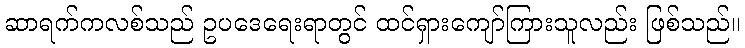
ဆာရက်ကလစ်သည် ဥပဒေရေးရာတွင် ထင်ရှားကျော်ကြားသူလည်း ဖြစ်သည်။